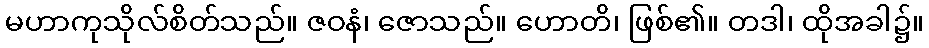
မဟာကုသိုလ်စိတ်သည်။ ဇဝနံ၊ ဇောသည်။ ဟောတိ၊ ဖြစ်၏။ တဒါ၊ ထိုအခါ၌။